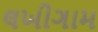
લખીગામ